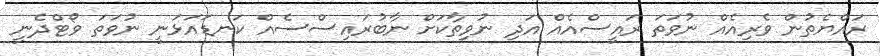
ރައްޔެތުން ވެރިއެއް ނުވަތަ ރައީސްއެއް އަދި ނުވިތާކަށް ނާބުރައިސްސެއް ކަނޑައަޅަނީ ނުވަތަ ވޯޓްދެނީ